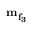
\mathbf { m _ { f _ { 3 } } }